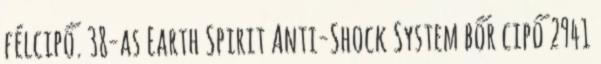
félcipő. 38-as Earth Spirit Anti-Shock System bőr cipő 2941